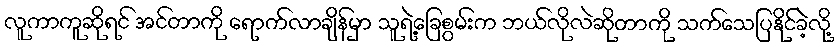
လူကာကူဆိုရင် အင်တာကို ရောက်လာချိန်မှာ သူရဲ့ခြေစွမ်းက ဘယ်လိုလဲဆိုတာကို သက်သေပြနိုင်ခဲ့လို့